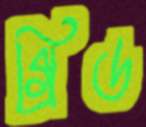
গ্রিড